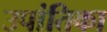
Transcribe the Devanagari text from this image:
उपांतिका